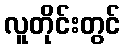
လူတိုင်းတွင်